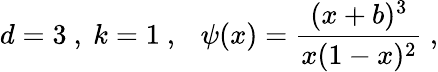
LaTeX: d=3\ ,\ k=1\ ,\ \ \ \psi(x)=\frac{(x+b)^{3}}{x(1-x)^{2}}\ ,